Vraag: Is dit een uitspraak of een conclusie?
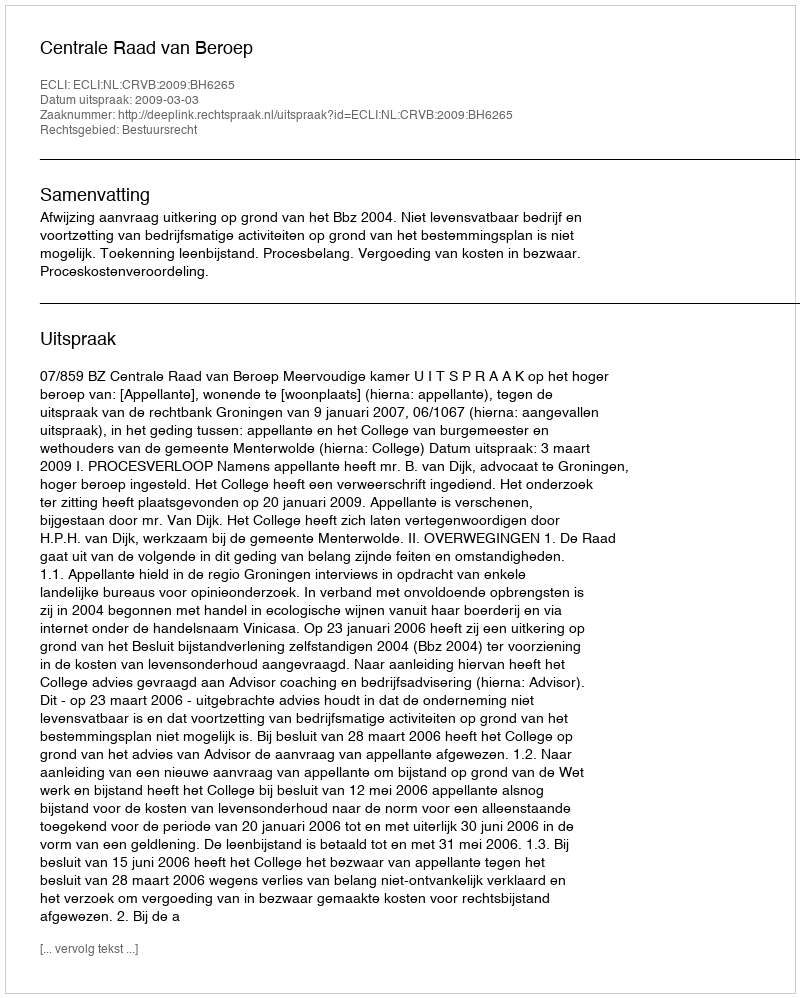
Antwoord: Uitspraak